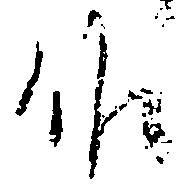
候